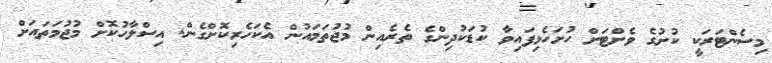
މިސެންޓަރަކީ ކުށުގެ ވެށްޓަށް ހުށަހެޅިފައިވާ ކުޑަކުދިންގެ ތެރެއިން މުޖުތަމައުން އެކަހެރިކޮށްގެން